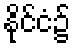
နိုင်ငံ၌